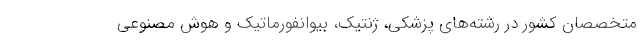
متخصصان كشور در رشته‌های پزشكی، ژنتیك، بیوانفورماتیك و هوش مصنوعی